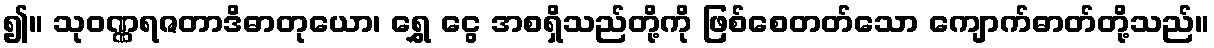
၍။ သုဝဏ္ဏရဇတာဒိဓာတုယော၊ ရွှေ ငွေ အစရှိသည်တို့ကို ဖြစ်စေတတ်သော ကျောက်ဓာတ်တို့သည်။